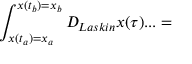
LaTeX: \int _ { x ( t _ { a } ) = x _ { a } } ^ { x ( t _ { b } ) = x _ { b } } { \cal D } _ { L a s k i n } x ( \tau ) . . . =